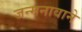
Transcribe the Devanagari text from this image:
जन्मनावाने